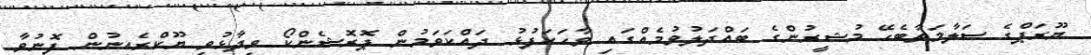
ޔޫރަޕްގެ ސަލާމަތާބެހޭ މުޝީރުންގެ ބައްދަލުވުމެއްގައި ވާހަކަފުޅު ދައްކަވަމުން ޕޮރޮޝެންކޯ ވިދާޅުވީ ޔޫކްރެއިނުން ފޮނުވާ